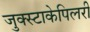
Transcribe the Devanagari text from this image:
जुक्स्टाकेपिलरी